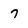
Character: 7